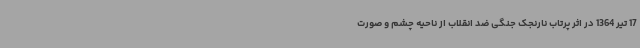
17 تیر 1364 در اثر پرتاب نارنجک جنگی ضد انقلاب از ناحیه چشم و صورت